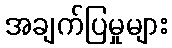
အချက်ပြမှုများ